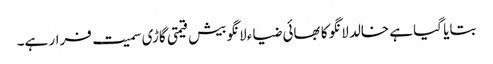
بتایا گیا ہے خالد لانگو کا بھائی ضیاء لانگو بیش قیمتی گاڑی سمیت فرار ہے۔